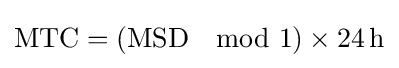
\mathrm {MTC} =(\mathrm {MSD} \mod 1)\times 24\,\mathrm {h}